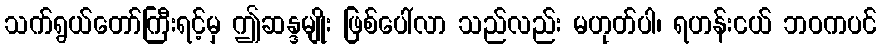
သက်ရွယ်တော်ကြီးရင့်မှ ဤဆန္ဒမျိုး ဖြစ်ပေါ်လာ သည်လည်း မဟုတ်ပါ၊ ရဟန်းငယ် ဘဝကပင်